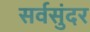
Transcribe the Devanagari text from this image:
सर्वसुंदर